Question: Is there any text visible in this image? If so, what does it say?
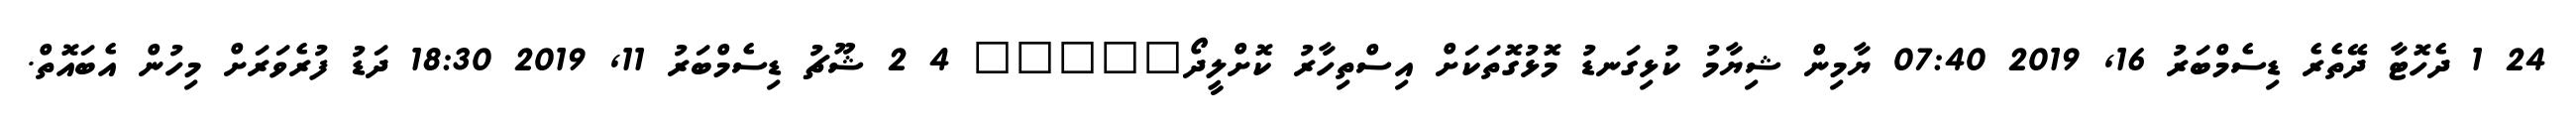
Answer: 24 1 ދެހޮޓާ ދޭތެރެ ޑިސެމްބަރު 16, 2019 07:40 ޔާމިން ޝިޔާމު ކުޅިގަނޑު މޮޅުގޮތަކަށް އިސްތިހާރު ކޮށްލީދޯ????? 4 2 ޝޫޗު ޑިސެމްބަރު 11, 2019 18:30 ދަޑު ފުރެވަރަށް މިހުން އެބައޮތް.